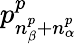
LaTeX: p_{n_{\beta}^{p}+n_{\alpha}^{p}}^{p}